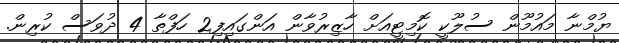
ޔުމްނާ މައުމޫން ސުލޫކީ ކޮމިޓީއަށް ހާޒިރުވާން އަންގައިފި2 ހަފްތާ 4 ދުވަސް ކުރިން.